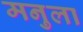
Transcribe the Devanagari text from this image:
मनुला